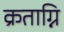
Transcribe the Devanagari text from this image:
क्रताग्नि